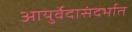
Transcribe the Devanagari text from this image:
आयुर्वेदासंदर्भात